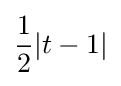
{\frac {1}{2}}|t-1|